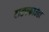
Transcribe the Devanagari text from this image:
टाइपफाउंडर